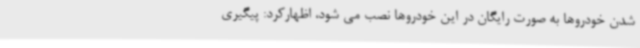
شدن خودروها به صورت رایگان در این خودروها نصب می شود، اظهارکرد: پیگیری